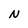
Character: N